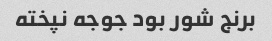
برنج شور بود جوجه نپخته